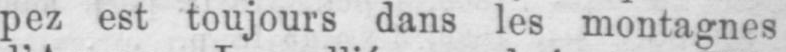
pez est toujours dans les montagnes